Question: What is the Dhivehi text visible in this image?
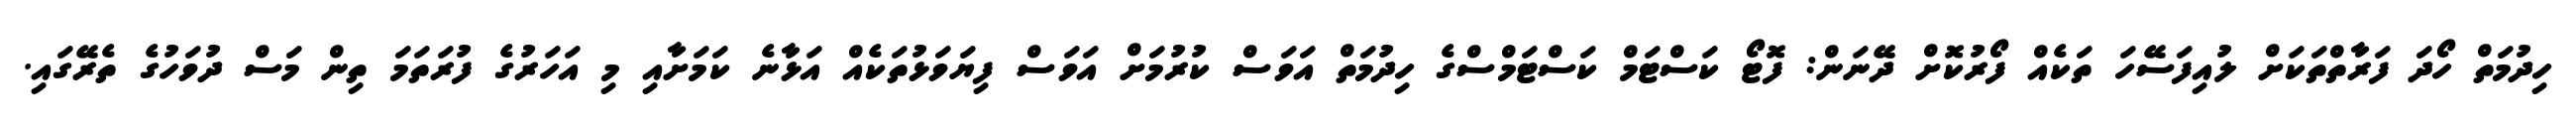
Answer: ހިދުމަތް ހޯދަ ފަރާތްތަކަށް ލުއިފަސޭހަ ތަކެއް ފޯރުކޮށް ދޭނަން: ފޮޓޯ ކަސްޓަމް ކަސްޓަމްސްގެ ހިދުމަތް އަވަސް ކުރުމަށް އަވަސް ފިޔަވަޅުތަކެއް އަޅާނެ ކަމަށާއި މި އަހަރުގެ ފުރަތަމަ ތިން މަސް ދުވަހުގެ ތެރޭގައި.